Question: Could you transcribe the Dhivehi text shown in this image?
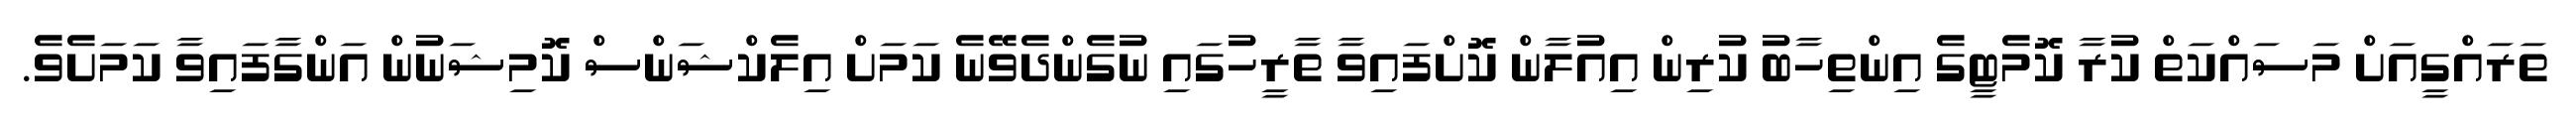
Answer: ތަރައްގީއަށް މަސައްކަތް ކުރާ ކޮމެޓީގެ އިންތިހާބު ކުރިން އިއުލާން ކޮށްފައިވާ ތާރީހުގައި ނުގެންދެވޭނެ ކަމަށް އިލެކްޝަންސް ކޮމިޝަނުން އަންގާފައިވާ ކަމަށެވެ.